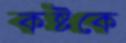
কষ্টকে